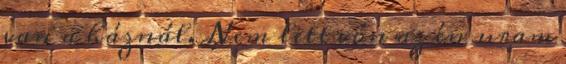
van a háznál. Nem lett vón az én uram